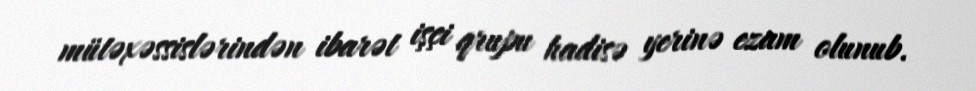
mütəxəssislərindən ibarət işçi qrupu hadisə yerinə ezam olunub.